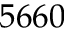
5 6 6 0